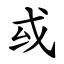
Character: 㦯